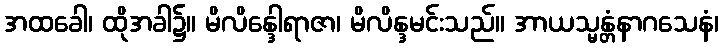
အထခေါ၊ ထိုအခါ၌။ မိလိန္ဒေါရာဇာ၊ မိလိန္ဒမင်းသည်။ အာယသ္မန္တံနာဂသေနံ၊